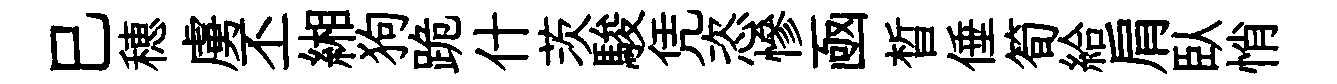
巳穂虜丕緗狗跪什茨駿凭恣慘凾晳倕筍給肩臥悄